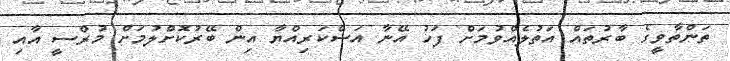
ތަންތާވީގެ ބާރުތައް އަތުލެއްވުމަށް ފަހު އޭނާ އަސްކަރިއްޔާ އިން ބޭރުކޮށްލުމަށް މުރްސީ އާއި